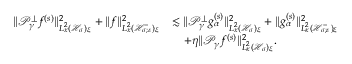
\begin{array} { r l } { \| \mathcal P _ { \gamma } ^ { \perp } f ^ { ( s ) } \| _ { L _ { x } ^ { 2 } ( \mathcal H _ { \sigma } ) _ { \xi } } ^ { 2 } + \| f \| _ { L _ { x } ^ { 2 } ( \mathcal H _ { \sigma ; \varepsilon } ^ { - } ) _ { \xi } } ^ { 2 } } & { \lesssim \| \mathcal P _ { \gamma } ^ { \perp } g _ { \alpha } ^ { ( s ) } \| _ { L _ { x } ^ { 2 } ( \mathcal H _ { \sigma } ) _ { \xi } } ^ { 2 } + \| g _ { \alpha } ^ { ( s ) } \| _ { L _ { x } ^ { 2 } ( \mathcal H _ { \sigma ; \varepsilon } ^ { - } ) _ { \xi } } ^ { 2 } } \\ & { \quad + \eta \| \mathcal P _ { \gamma } f ^ { ( s ) } \| _ { L _ { x } ^ { 2 } ( \mathcal H _ { \sigma } ) _ { \xi } } ^ { 2 } . } \end{array}